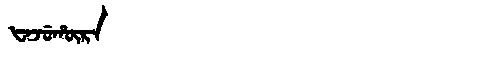
Manchu: ᡶᠠᠵᡠᡥᡡᡵᠠ
Romanization: FAJUHŪRA